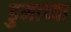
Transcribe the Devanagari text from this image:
डुमाच्या